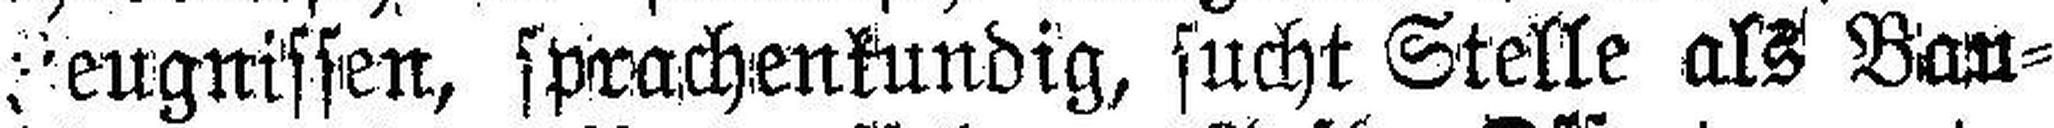
Feugnissen, sprachenkundig, sucht Stelle als Bau¬